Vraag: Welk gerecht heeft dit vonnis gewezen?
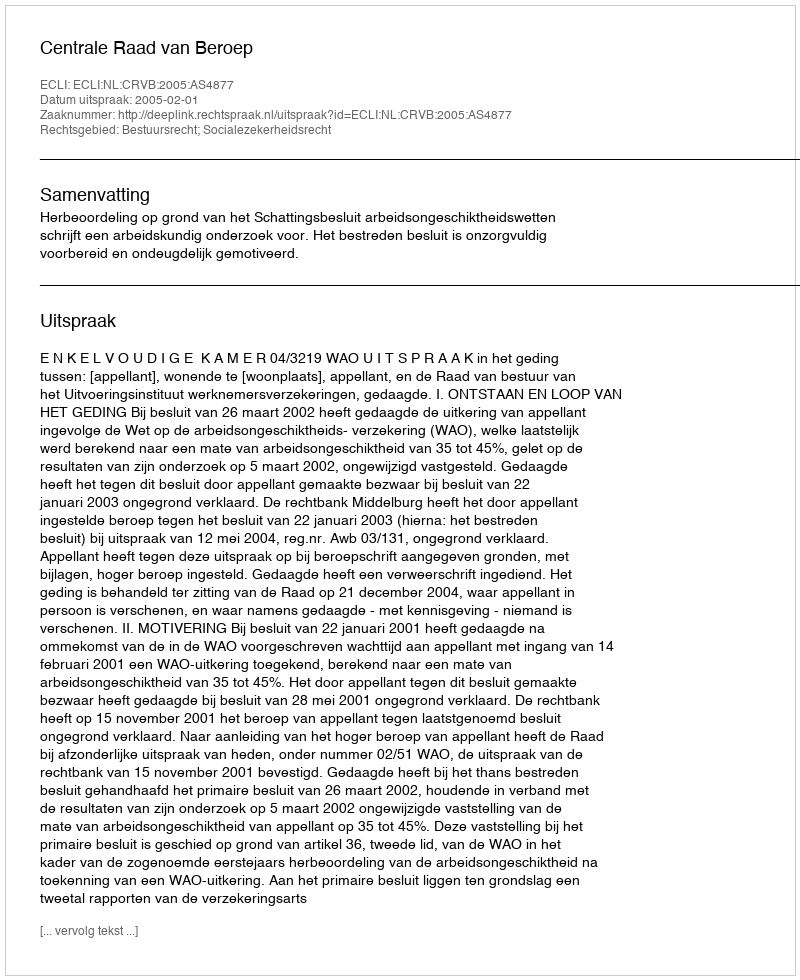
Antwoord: Centrale Raad van Beroep